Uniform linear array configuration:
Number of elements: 64
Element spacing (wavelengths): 0.25
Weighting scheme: binomial
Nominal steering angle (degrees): -60
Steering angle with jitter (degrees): -58.03
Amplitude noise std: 0.05
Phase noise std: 0.05

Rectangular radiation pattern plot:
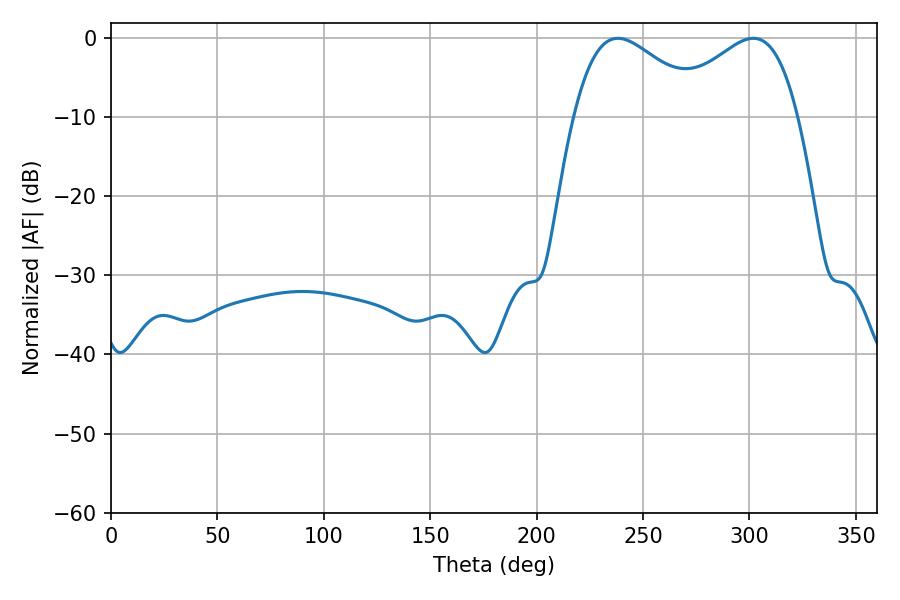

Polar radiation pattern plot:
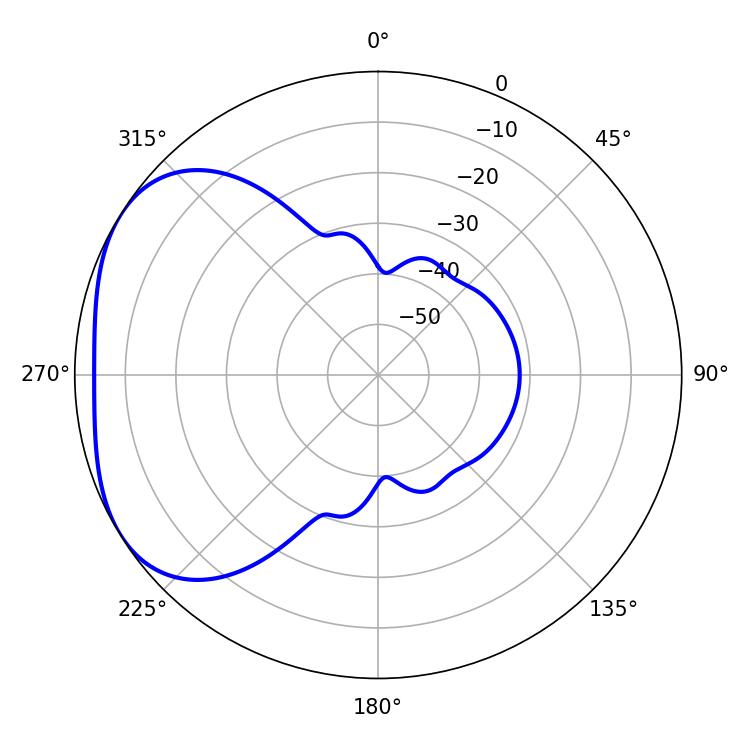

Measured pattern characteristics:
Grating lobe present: FALSE
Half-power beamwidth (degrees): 33.3
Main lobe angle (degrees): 238.14